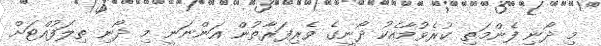
މި ދޯނި ފެންމަތި ކުރެވުމާއެކު ދޯނީގެ ވެރިފަރާތުން އަންނަނީ މި ދޯނި ތިލަފުއްޓަށް